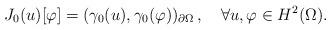
LaTeX: \begin{align*}J_0(u)[\varphi]=(\gamma_0(u),\gamma_0(\varphi))_{\partial\Omega}\,,\ \ \ \forall u,\varphi\in H^2(\Omega).\end{align*}